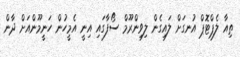
ތިއާ ލެޕްޓޮޕް އުނގަށް ލައިގެން ލިވިންރޫމް ސޯފާގައި އިނީ އެމީހުން ހަނީމޫންއަށް ދާން